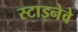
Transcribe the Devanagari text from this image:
स्टाइनेवे